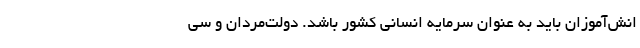
انش‌آموزان باید به عنوان سرمایه انسانی کشور باشد. دولت‌مردان و سی